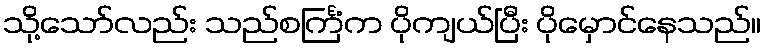
သို့သော်လည်း သည်စင်္ကြံက ပိုကျယ်ပြီး ပိုမှောင်နေသည်။